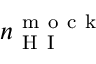
n _ { \mathrm { ~ H ~ I ~ } } ^ { \mathrm { ~ m ~ o ~ c ~ k ~ } }